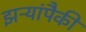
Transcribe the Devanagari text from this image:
झऱ्यांपैकी